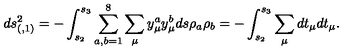
d s _ { ( , 1 ) } ^ { 2 } = - \int _ { s _ { 2 } } ^ { s _ { 3 } } \sum _ { a , b = 1 } ^ { 8 } \sum _ { \mu } { y } _ { \mu } ^ { a } { y } _ { \mu } ^ { b } d s \rho _ { a } \rho _ { b } = - \int _ { s _ { 2 } } ^ { s _ { 3 } } \sum _ { \mu } d { t } _ { \mu } d { t } _ { \mu } .